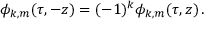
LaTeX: \phi _ { k , m } ( \tau , - z ) = ( - 1 ) ^ { k } \phi _ { k , m } ( \tau , z ) \, .